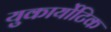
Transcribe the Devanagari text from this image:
युकार्योटिक